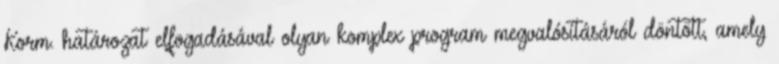
Korm. határozat elfogadásával olyan komplex program megvalósításáról döntött, amely